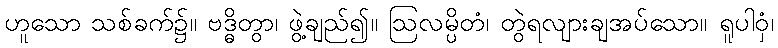
ဟူသော သစ်ခက်၌။ ဗဒ္ဓိတွာ၊ ဖွဲ့ချည်၍။ ဩလမ္ပိတံ၊ တွဲရလျားချအပ်သော။ ရူပါဝှံ၊